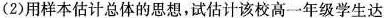
(2)用样本估计总体的思想，试估计该校高一年级学生达